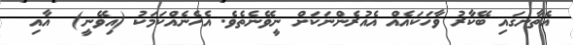
އެތާނގައި ބޭކާރު ވާހަކައެއް އެއުރެންނަކަށް ނީވޭނެތެވެ. އެހެނެއްކަމަކު (އިވޭނީ)  އާއި